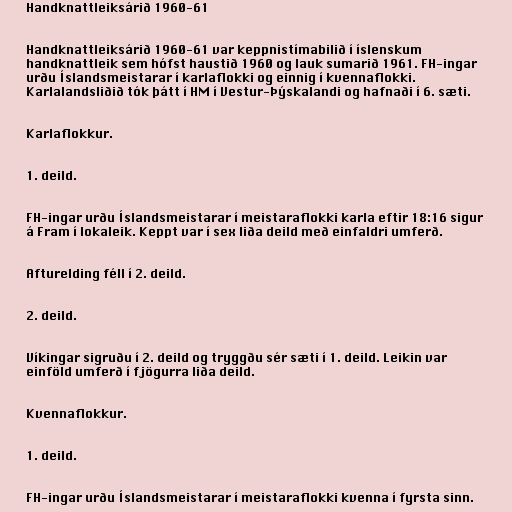
Handknattleiksárið 1960-61

Handknattleiksárið 1960-61 var keppnistímabilið í íslenskum
handknattleik sem hófst haustið 1960 og lauk sumarið 1961. FH-ingar
urðu Íslandsmeistarar í karlaflokki og einnig í kvennaflokki.
Karlalandsliðið tók þátt í HM í Vestur-Þýskalandi og hafnaði í 6. sæti.

Karlaflokkur.

1. deild.

FH-ingar urðu Íslandsmeistarar í meistaraflokki karla eftir 18:16 sigur
á Fram í lokaleik. Keppt var í sex liða deild með einfaldri umferð.

Afturelding féll í 2. deild.

2. deild.

Víkingar sigruðu í 2. deild og tryggðu sér sæti í 1. deild. Leikin var
einföld umferð í fjögurra liða deild.

Kvennaflokkur.

1. deild.

FH-ingar urðu Íslandsmeistarar í meistaraflokki kvenna í fyrsta sinn.